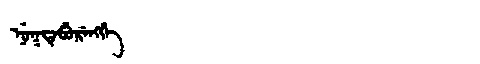
Manchu: ᠨᡠᡴᡨᡝᠪᡠᡵᡝᠩᡤᡝ
Romanization: NUKTEBURENGGE